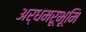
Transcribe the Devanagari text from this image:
अर्धमरूभूमि